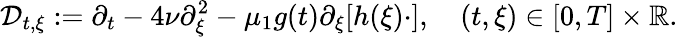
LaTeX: \mathcal{D}_{t,\xi}:=\partial_{t}-4\nu\partial_{\xi}^{2}-\mu_{1}g(t)\partial_{\xi}[h(\xi)\cdot],\quad(t,\xi)\in[0,T]\times\mathbb{R}.